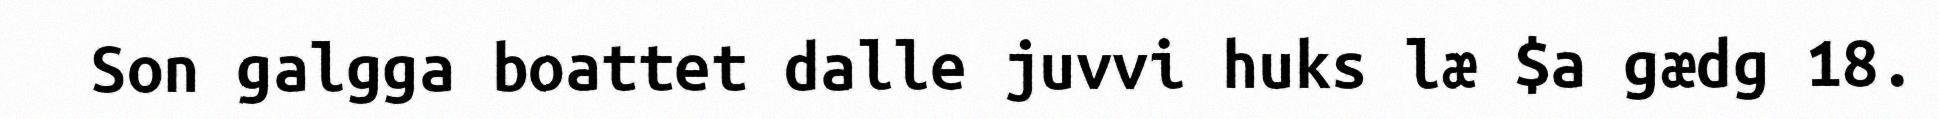
Son galgga boattet dalle juvvi huks læ $a gædg 18.